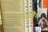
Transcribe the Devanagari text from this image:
पूर्णतेचे